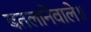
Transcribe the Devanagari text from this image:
बतलानेवाले॥